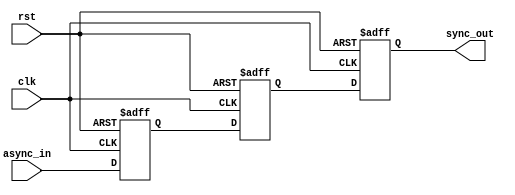
module triple_ff_synchronizer (
    input wire async_in,  // Asynchronous input signal
    input wire clk,       // Clock signal for the target domain
    input wire rst,       // Asynchronous reset signal
    output reg sync_out   // Synchronized output signal
);

    // Internal flip-flop registers
    reg ff1;
    reg ff2;

    // Always block to implement the three flip-flops
    always @(posedge clk or posedge rst) begin
        if (rst) begin
            // Reset all flip-flops to known state
            ff1 <= 1'b0;
            ff2 <= 1'b0;
            sync_out <= 1'b0;
        end else begin
            // Sample the async input
            ff1 <= async_in;  // First flip-flop
            ff2 <= ff1;       // Second flip-flop
            sync_out <= ff2;  // Third flip-flop - output
        end
    end

endmodule